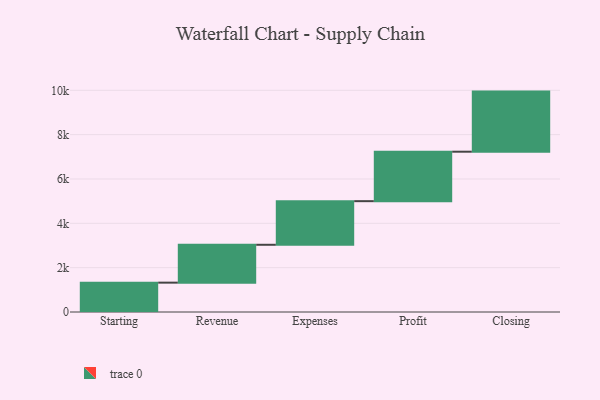
{"axis": {"x": "Step", "y": "Value"}, "legend": [""], "data": [{"x": "Starting", "y": 1324.0, "type": ""}, {"x": "Revenue", "y": 1708.0, "type": ""}, {"x": "Expenses", "y": 1968.0, "type": ""}, {"x": "Profit", "y": 2231.0, "type": ""}, {"x": "Closing", "y": 2711.0, "type": ""}]}